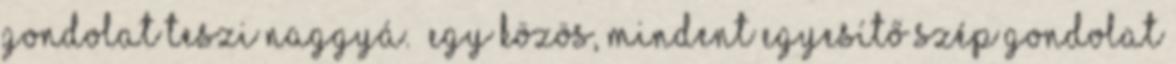
gondolat teszi naggyá. „Egy közös, mindent egyesítő szép gondolat